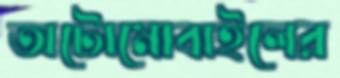
অটোমোবাইলের